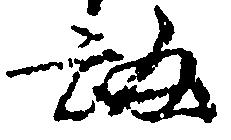
弘